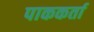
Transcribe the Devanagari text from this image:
पाककर्ता